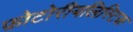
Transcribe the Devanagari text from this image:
फ़ोटोरीयलिस्टिक